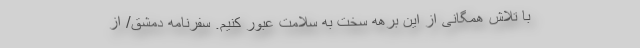
با تلاش همگانی از این برهه سخت به سلامت عبور کنیم. سفرنامه دمشق/ از